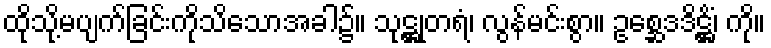
ထိုသို့မပျက်ခြင်းကိုသိသောအခါ၌။ သုဋ္ဌုတရံ၊ လွန်မင်းစွာ။ ဥစ္ဆေဒဒိဋ္ဌိံ၊ ကို။